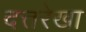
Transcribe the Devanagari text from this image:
दत्तरेखा